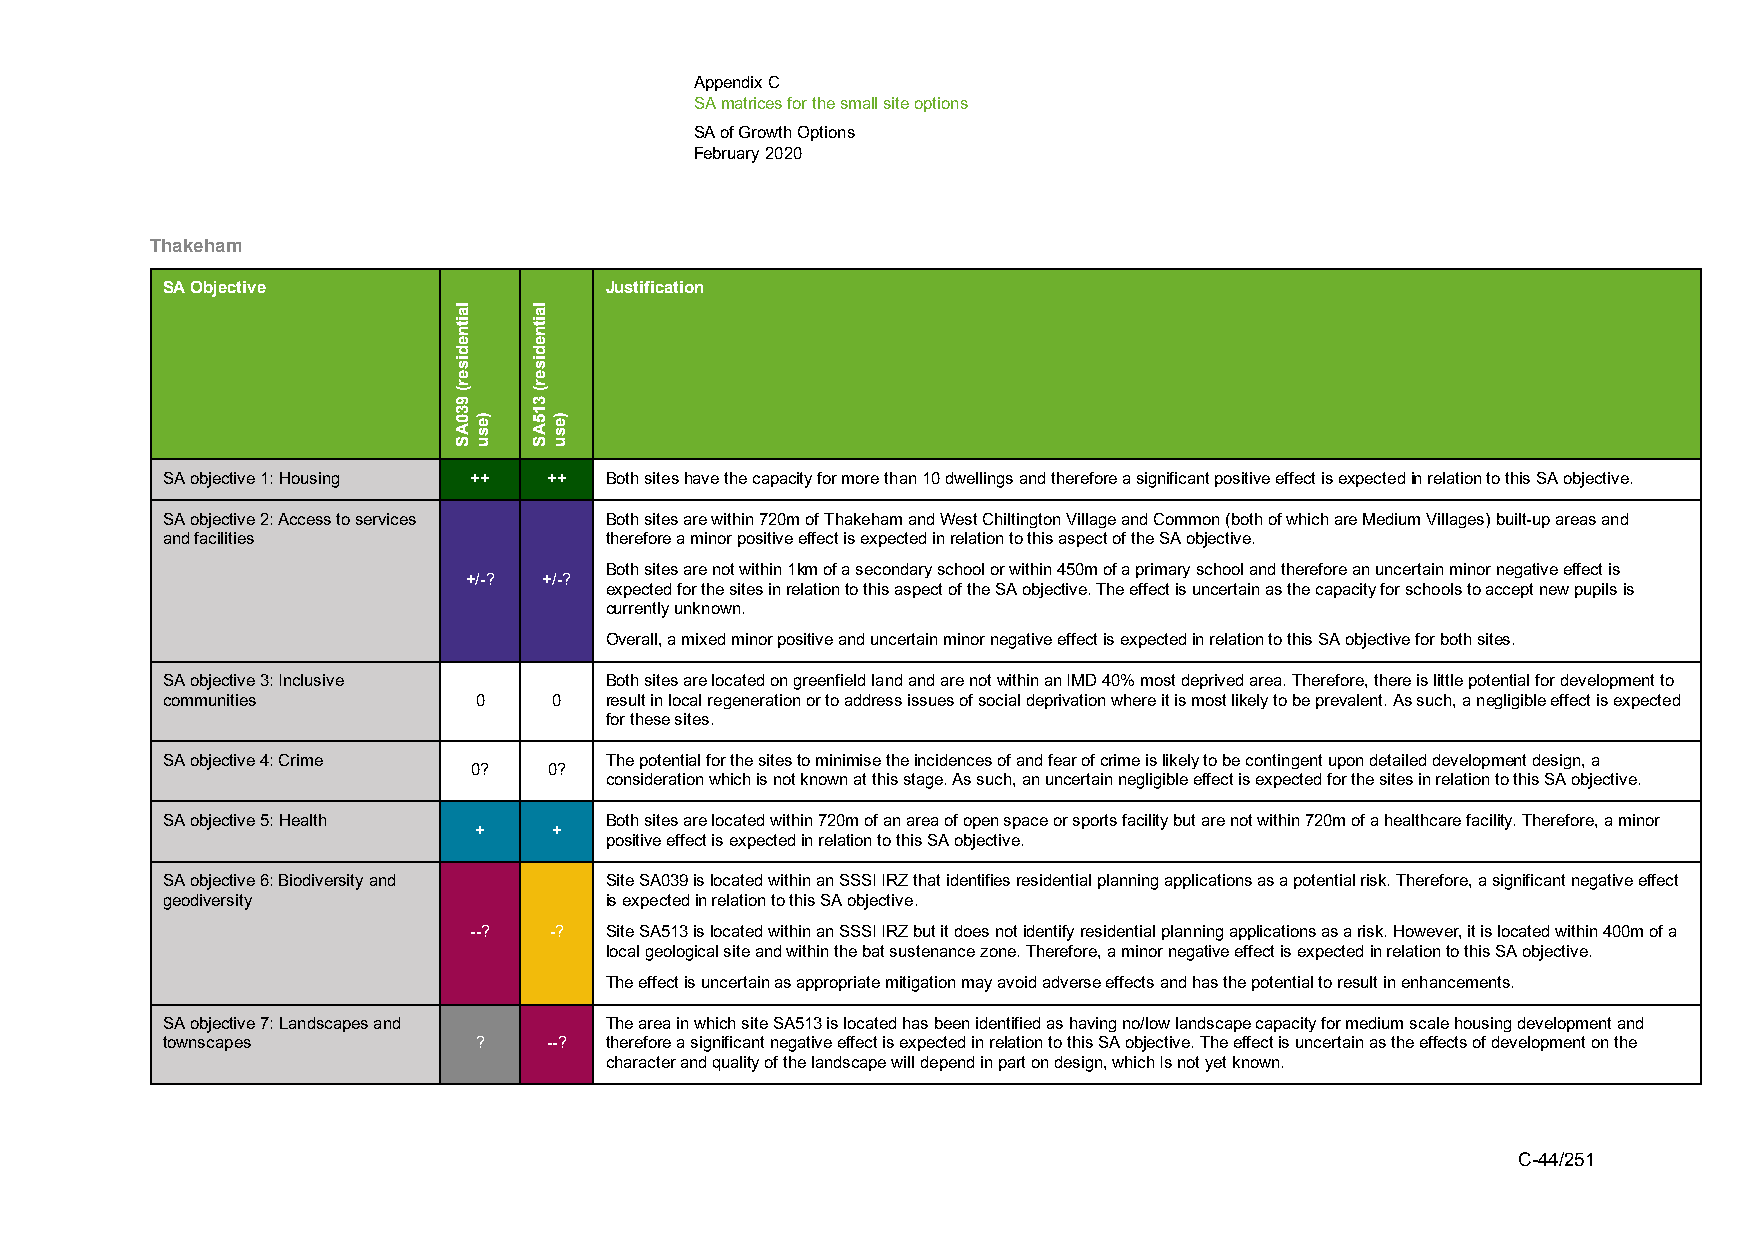
Appendix C
 SA matrices for the small site options
 SA of Growth Options
 February 2020
 Thakeham
 SA Objective                 Justification
 SA objective 1: Housing ++ ++ Both sites have the capacity for more than 10 dwellings and therefore a significant positive effect is expected in relation to this SA objective.
 SA objective 2: Access to services Both sites are within 720m of Thakeham and West Chiltington Village and Common (both of which are Medium Villages) built-up areas and
 and facilities               therefore a minor positive effect is expected in relation to this aspect of the SA objective.
 Both sites are not within 1km of a secondary school or within 450m of a primary school and therefore an uncertain minor negative effect is
 +/-? +/-?
 expected for the sites in relation to this aspect of the SA objective. The effect is uncertain as the capacity for schools to accept new pupils is
 currently unknown.
 Overall, a mixed minor positive and uncertain minor negative effect is expected in relation to this SA objective for both sites.
 SA objective 3: Inclusive    Both sites are located on greenfield land and are not within an IMD 40% most deprived area. Therefore, there is little potential for development to
 communities         0     0  result in local regeneration or to address issues of social deprivation where it is most likely to be prevalent. As such, a negligible effect is expected
 for these sites.
 SA objective 4: Crime        The potential for the sites to minimise the incidences of and fear of crime is likely to be contingent upon detailed development design, a
 0?   0?
 consideration which is not known at this stage. As such, an uncertain negligible effect is expected for the sites in relation to this SA objective.
 SA objective 5: Health       Both sites are located within 720m of an area of open space or sports facility but are not within 720m of a healthcare facility. Therefore, a minor
 +     +
 positive effect is expected in relation to this SA objective.
 SA objective 6: Biodiversity and Site SA039 is located within an SSSI IRZ that identifies residential planning applications as a potential risk. Therefore, a significant negative effect
 geodiversity                 is expected in relation to this SA objective.
 --?  -?  Site SA513 is located within an SSSI IRZ but it does not identify residential planning applications as a risk. However, it is located within 400m of a
 local geological site and within the bat sustenance zone. Therefore, a minor negative effect is expected in relation to this SA objective.
 The effect is uncertain as appropriate mitigation may avoid adverse effects and has the potential to result in enhancements.
 SA objective 7: Landscapes and The area in which site SA513 is located has been identified as having no/low landscape capacity for medium scale housing development and
 townscapes          ?    --? therefore a significant negative effect is expected in relation to this SA objective. The effect is uncertain as the effects of development on the
 character and quality of the landscape will depend in part on design, which Is not yet known.
 C-44/251
 laitnediser(
 930AS
 )esu
 laitnediser(
 315AS
 )esu